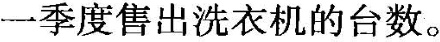
一季度售出洗衣机的台数。